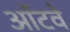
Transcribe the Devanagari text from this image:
ऑटवे